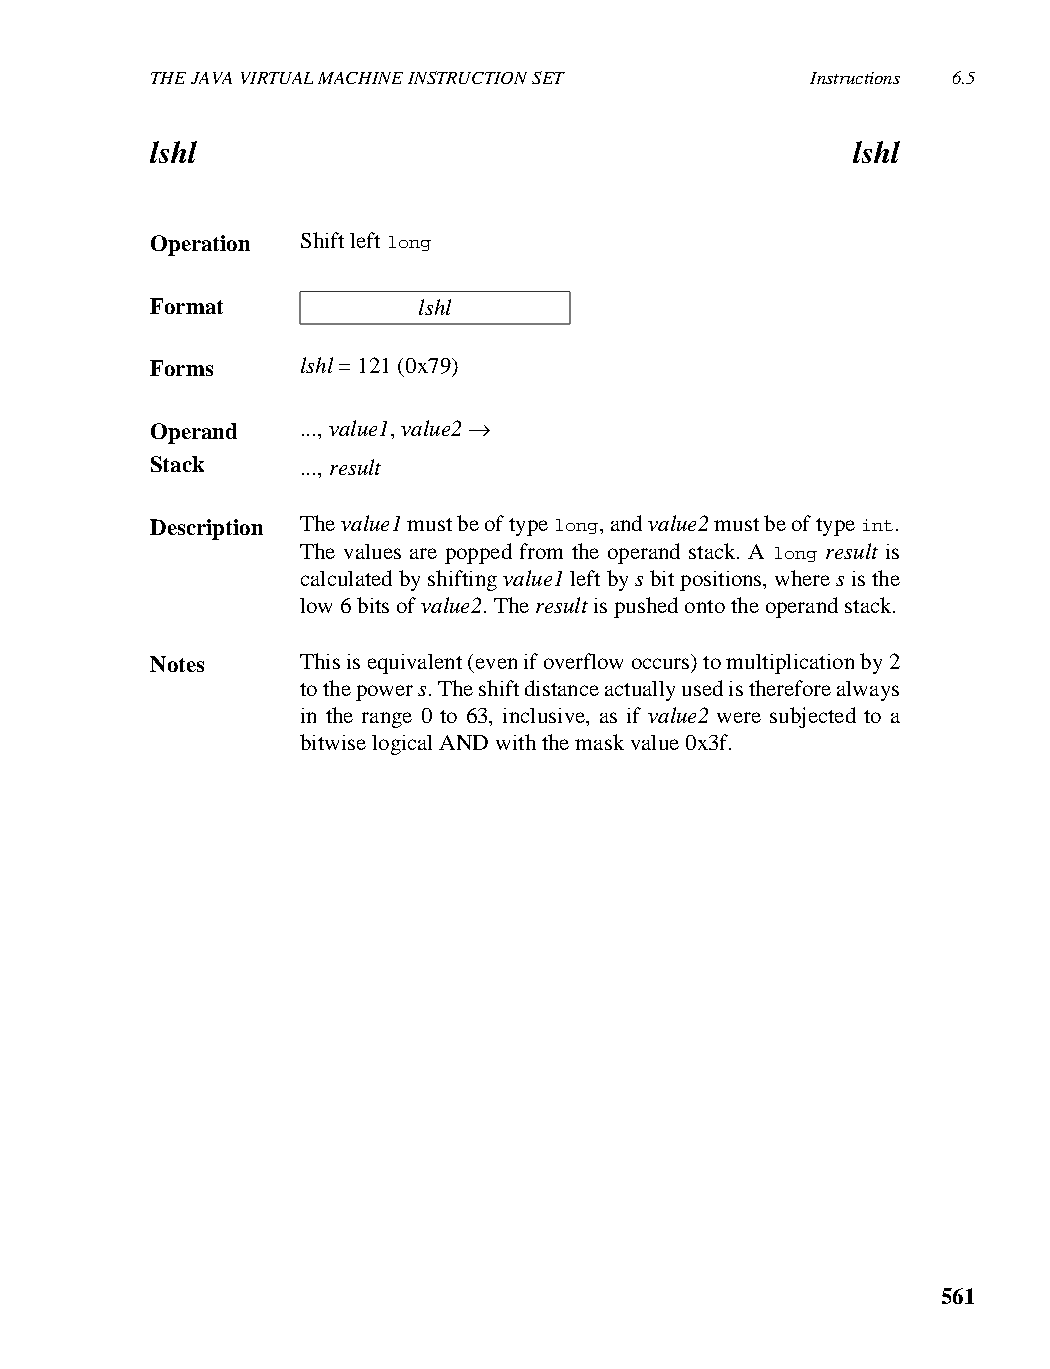
THE JAVA VIRTUAL MACHINE INSTRUCTION SET    Instructions 6.5
 lshl                                          lshl
 Operation Shift left long
 Format            lshl
 Forms     lshl = 121 (0x79)
 Operand   ..., value1, value2 →
 Stack     ..., result
 Description The value1 must be of type long, and value2 must be of type int.
 The values are popped from the operand stack. A long result is
 calculated by shifting value1 left by s bit positions, where s is the
 low 6 bits of value2. The result is pushed onto the operand stack.
 Notes     This is equivalent (even if overflow occurs) to multiplication by 2
 to the power s. The shift distance actually used is therefore always
 in the range 0 to 63, inclusive, as if value2 were subjected to a
 bitwise logical AND with the mask value 0x3f.
 561